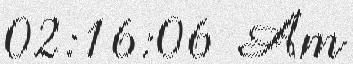
02:16:06 Am